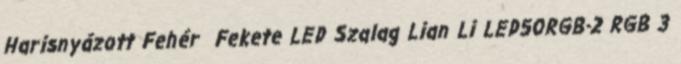
Harisnyázott Fehér Fekete LED Szalag Lian Li LED50RGB-2 RGB 3